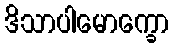
ဒိသာပါမောက္ခော